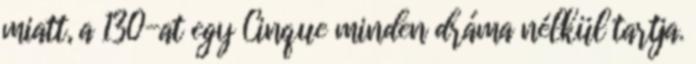
miatt, a 130-at egy Cinque minden dráma nélkül tartja.